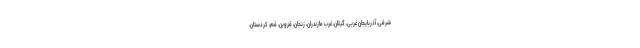
شرقی، آذربایجان غربی، گیلان، غرب مازندران، زنجان، قزوین، قم، کردستان،